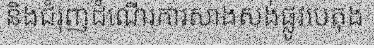
និងជំរុញដំណើរការសាងសង់ផ្លូវបេតុង